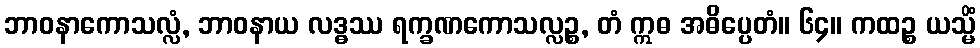
ဘာဝနာကောသလ္လံ, ဘာဝနာယ လဒ္ဓဿ ရက္ခဏကောသလ္လဉ္စ, တံ ဣဓ အဓိပ္ပေတံ။ ၆၄။ ကထဉ္စ ယသ္မိံ